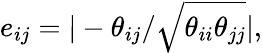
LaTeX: e_{ij}=|-\theta_{ij}/\sqrt{\theta_{ii}\theta_{jj}}|,